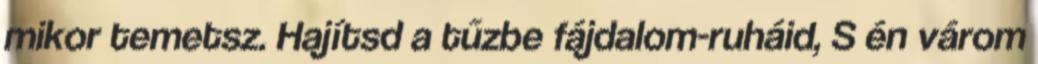
mikor temetsz. Hajítsd a tűzbe fájdalom-ruháid, S én várom